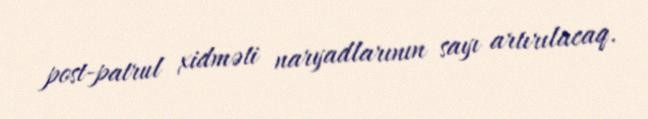
post-patrul xidməti naryadlarının sayı artırılacaq.